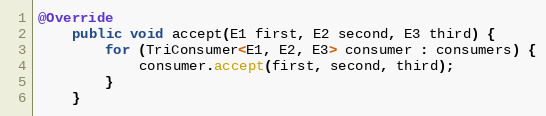
Language: Java
@Override
    public void accept(E1 first, E2 second, E3 third) {
        for (TriConsumer<E1, E2, E3> consumer : consumers) {
            consumer.accept(first, second, third);
        }
    }